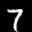
Label: 7